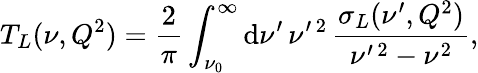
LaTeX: T_{L}(\nu,Q^{2})=\frac{2}{\pi}\int_{\nu_{0}}^{\infty}\mathrm{d}\nu^{\prime}\, \nu^{\prime\, 2}\, \frac{\sigma_{L}(\nu^{\prime},Q^{2})}{\nu^{\prime\, 2}-\nu^{2}},